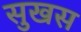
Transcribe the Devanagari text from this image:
सुखस